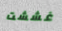
غششت